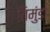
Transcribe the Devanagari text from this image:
तिमुंडा